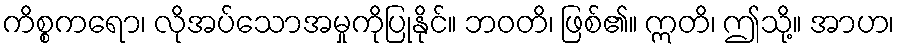
ကိစ္စကရော၊ လိုအပ်သောအမှုကိုပြုနိုင်။ ဘဝတိ၊ ဖြစ်၏။ ဣတိ၊ ဤသို့။ အာဟ၊